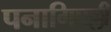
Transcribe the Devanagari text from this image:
पनागिपल्ली